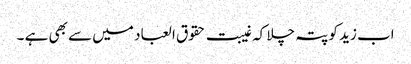
اب زید کو پتہ چلا کہ غیبت حقوق العباد میں سے بھی ہے ۔